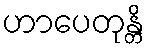
ဟာပေတုန္တိ